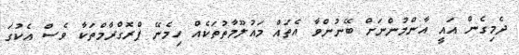
ދެމިގެން އައީ އާންމުންނަށް ބޭނުންވާ އެތައް މައުލޫމާތުތަކެއް ހިމެނޭ ޕްރޮގްރާމްތަކާ ވެސް އެކުގަ